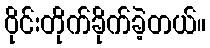
ဝိုင်းတိုက်ခိုက်ခဲ့တယ်။